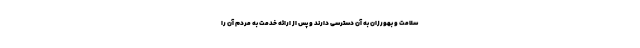
سلامت و بهورزان به آن دسترسی دارند و پس از ارائه خدمت به مردم آن را